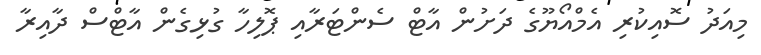
މިއަދު ސޮއިކުރި އެމްއޯޔޫގެ ދަށުން އާޓް ސެންޓަރާއި ޕޮލިހާ ގުޅިގެން އާޓްސް ދާއިރާ